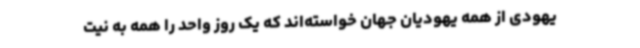
یهودی از همه یهودیان جهان خواسته‌اند که یک روز واحد را همه به نیت